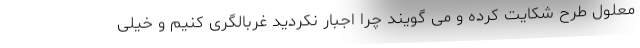
معلول طرح شکایت کرده و می گویند چرا اجبار نکردید غربالگری کنیم و خیلی